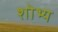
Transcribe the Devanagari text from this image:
शोभ्य